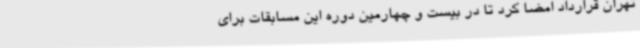
تهران قرارداد امضا کرد تا در بیست و چهارمین دوره این مسابقات برای